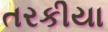
તરકીયા